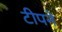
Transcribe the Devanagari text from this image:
टीपने